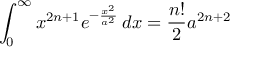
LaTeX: \int _ { 0 } ^ { \infty } x ^ { 2 n + 1 } e ^ { - { \frac { x ^ { 2 } } { a ^ { 2 } } } } \, d x = { \frac { n ! } { 2 } } a ^ { 2 n + 2 }